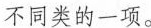
不同类的一项。